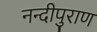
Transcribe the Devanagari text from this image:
नन्दीपुराण